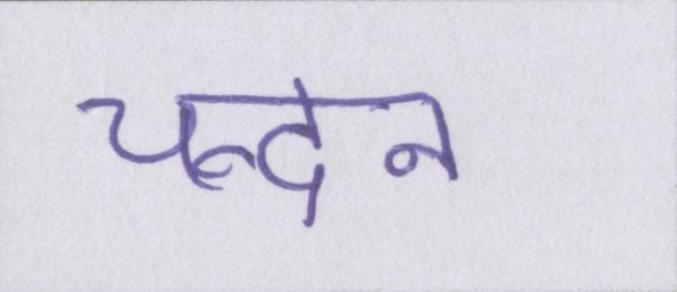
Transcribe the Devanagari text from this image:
चन्दन